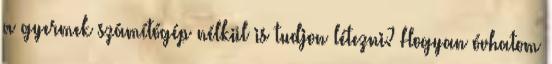
a gyermek számítógép nélkül is tudjon létezni? Hogyan óvhatom